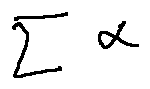
\sum \alpha